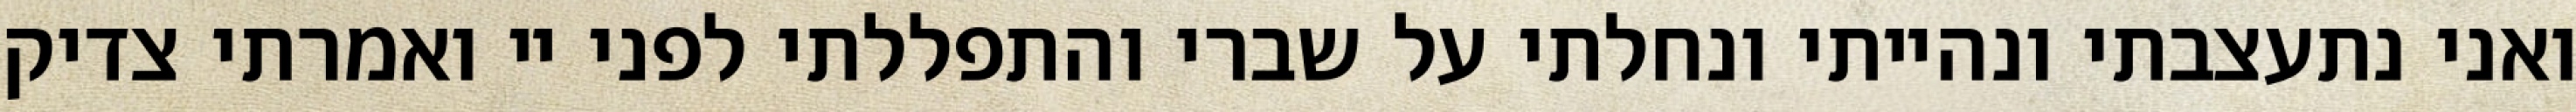
ואני נתעצבתי ונהייתי ונחלתי על שברי והתפללתי לפני יי ואמרתי צדיק